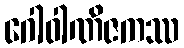
ဂေါဝါဏိဇကဿ